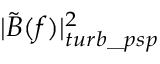
| \tilde { B } ( f ) | _ { t u r b \_ p s p } ^ { 2 }